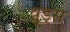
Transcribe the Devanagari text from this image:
व़ुड्स